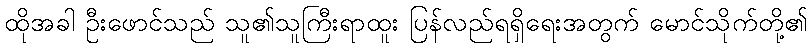
ထိုအခါ ဦးဖောင်သည် သူ၏သူကြီးရာထူး ပြန်လည်ရရှိရေးအတွက် မောင်သိုက်တို့၏